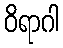
ဝိရာဂါ